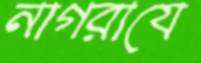
নাগরাযে